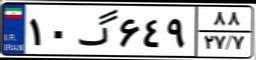
۱۰گ۶۴۹۸۸